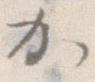
か